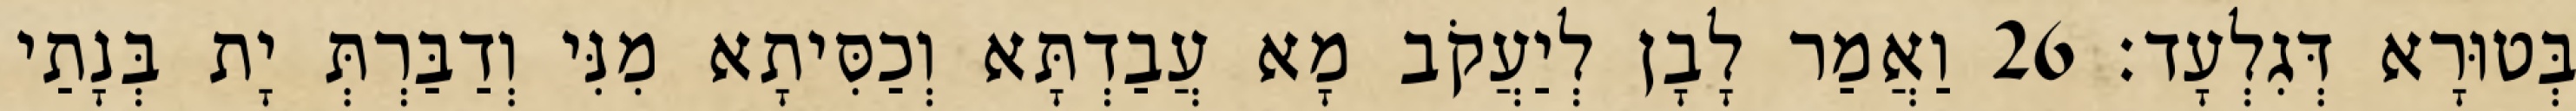
בְּטוּרָא דְּגִלְעָד׃ 26 וַאֲמַר לָבָן לְיַעֲקֹב מָא עֲבַדְתָּא וְכַסִּיתָא מִנִּי וְדַבַּרְתְּ יָת בְּנָתַי